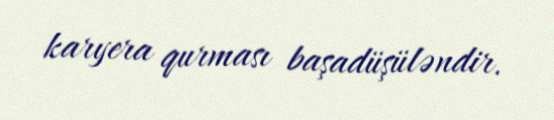
karyera qurması başadüşüləndir.